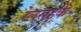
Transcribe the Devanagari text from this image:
रेलसड़कें